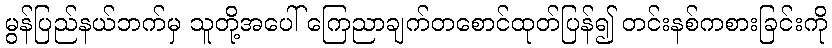
မွန်ပြည်နယ်ဘက်မှ သူတို့အပေါ် ကြေညာချက်တစောင်ထုတ်ပြန်၍ တင်းနစ်ကစားခြင်းကို